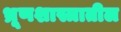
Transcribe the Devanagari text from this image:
भ्रूणशास्त्रातील